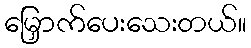
မြှောက်ပေးသေးတယ်။